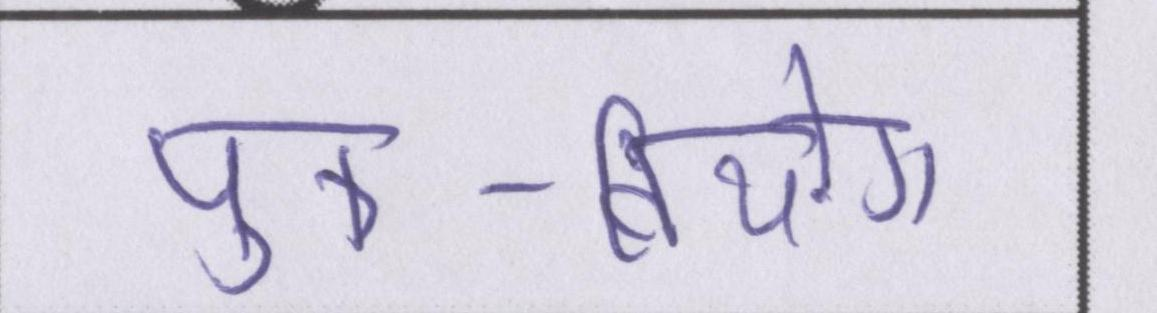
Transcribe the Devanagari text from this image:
पुत्र-वियोग